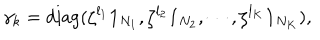
\gamma _ { k } = \mathrm { d i a g } ( \zeta ^ { l _ { 1 } } { \bf 1 } _ { N _ { 1 } } , \zeta ^ { l _ { 2 } } { \bf 1 } _ { N _ { 2 } } , \cdots , \zeta ^ { l _ { K } } { \bf 1 } _ { N _ { K } } ) ,